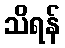
သိရန်